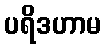
ပရိဒဟာမ